Report of the Indian Hemp Drugs Commission, 1894-1895 - Volume III
Year: 1894
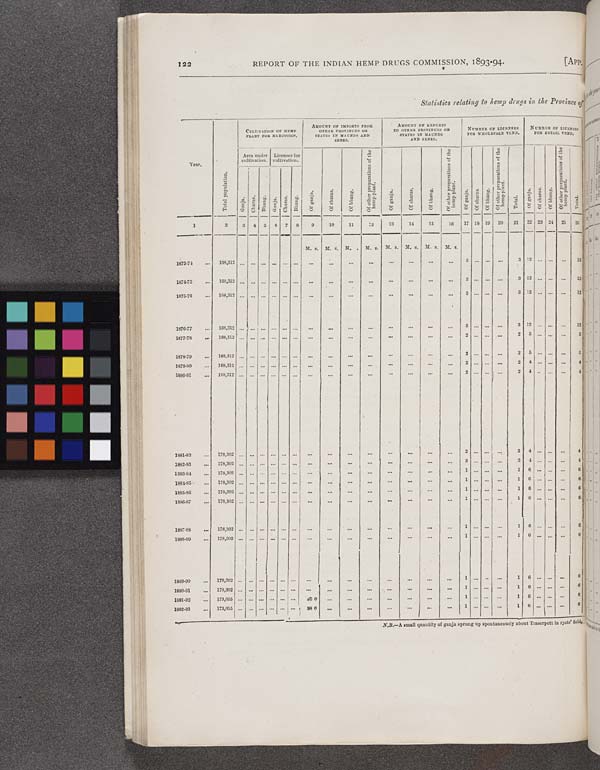
122
REPORT OF THE INDIAN HEMP DRUGS COMMISSION,
1893-94.
[APP.
Statistics relating to hemp drugs in the Province
Year.
Total population.
CULTIVATION OF HEMP
PLANT FOR NARCOTICS.
AMOUNT OF IMPORTS FROM
OTHER PROVINCES OR
STATES IN MAUNDS AND
SEERS.
AMOUNT OF EXPORTS
TO OTHER PROVINCES OR
STATES IN MAUNDS
AND SEERS.
NUMBER OF LICENSES
FOR WHOLESALE VEND.
NUMBER OF LICENSES
FOR RET
Year.
Total population.
Area under
cultivation.
Licenses for
cultivation.
Of ganja.
Of charas.
Of bhang.
Of other preparations of the
hemp plant.
Of ganja.
Of charas.
Of bhang.
Of other preparations of the
hemp plant.
Of ganja.
Of charas.
Of bhang.
Of other preparations of the
hemp plant.
Total.
Of ganja.
Of charas.
Of bhang.
Of other preparations of the
hemp plant.
Total.
Year.
Total population.
Ganja.
Charas.
Bhang. Ganja.
Charas.
Bhang.
Of ganja.
Of charas.
Of bhang.
Of other preparations of the
hemp plant.
Of ganja.
Of charas.
Of bhang.
Of other preparations of the
hemp plant.
Of ganja.
Of charas.
Of bhang.
Of other preparations of the
hemp plant.
Total.
Of ganja.
Of charas.
Of bhang.
Of other preparations of the
hemp plant.
Total.
1
2
3
4
5 6
7
8
9
10
11
12
13
14
15
16.
17 18 19
20
21
22 23 24
25
26
M. s. M. s. M. . M. s. M. s. M. s. M. s. M. s.
1873-74
168,312
3
3 12
12
1874-75
163,312
3
3 12
12
1875-76
168,312
3
3 12
12
1876-77
168,312
3
3 12
12
1877-78
168,312
2
2
5
5
1878-79
168,312
2
2
5
5
1879-80
168,312
2
2
4
4
1880-81
168,312
2
2
4
4
1881-82
178,302
2
2
4
4
1882-83
178,302
3
3
4
4
1883-84
178,302
1
1
6
6
1884-85
178,302
1
1
6
6
1885-86
178,302
1
1
6
6
1886-87
178,302
1
1
6
6
1887-88
178,302
1
1
6
6
1888-89
178,302
1
1
6
6
1889-90
178,302
1
1
6
6
1890-91
178,302
1
1
6
6
1891-92
173,055
60 0
1
1
6
6
1892-93
173,055
98 0
1
1
6
6
N.B.—A small quantity of ganja sprung up spontaneously about Traserpett in ryots' field